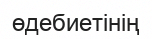
өдебиетінің